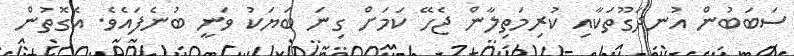
ސަބަބުން އުނދަގޫތަކާއި ކުރިމަތިލާން ޖެހޭ ކަމަށް ގިނަ ބަޔަކު ވަނީ ބުނެފައެވެ. އެގޮތުން